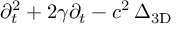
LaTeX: \partial _ { t } ^ { 2 } + 2 \gamma \partial _ { t } - c ^ { 2 } \, \Delta _ { \mathrm { 3 D } }